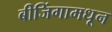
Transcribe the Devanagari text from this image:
बीजिंगामधून